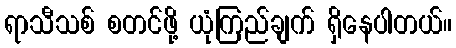
ရာသီသစ် စတင်ဖို့ ယုံကြည်ချက် ရှိနေပါတယ်။